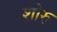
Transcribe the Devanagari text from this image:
शोरु